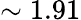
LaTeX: \sim 1.91